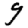
Digit: 9